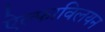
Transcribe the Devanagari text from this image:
ऐल्फाविलयन